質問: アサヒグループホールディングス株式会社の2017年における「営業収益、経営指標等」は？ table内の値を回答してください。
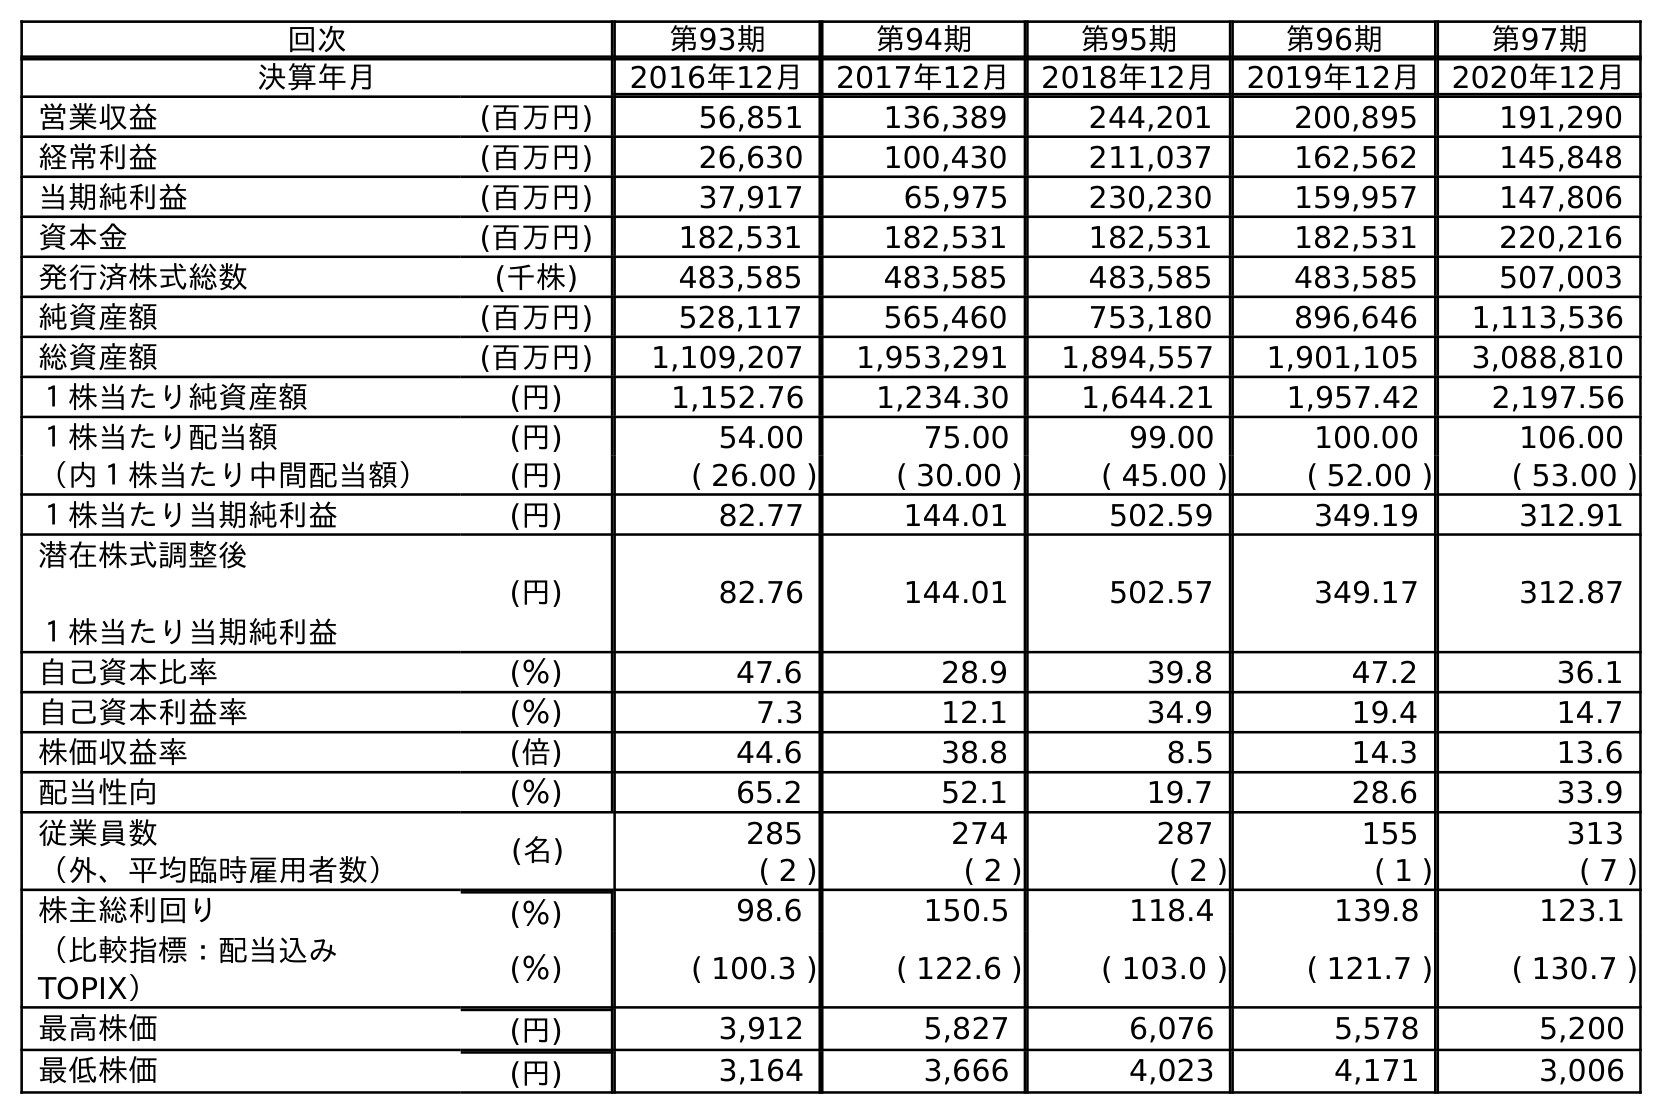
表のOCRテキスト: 回次 第93期 第94期 第95期 第96期 第97期 決算年月 2016年12月 2017年12月 2018年12月 2019年12月 2020年12月 営業収益 (百万円) 56,851 136,389 244,201 200,895 191,290 経常利益 (百万円) 26,630 100,430 211,037 162,562 145,848 当期純利益 (百万円) 37,917 65,975 230,230 159,957 147,806 資本金 (百万円) 182,531 182,531 182,531 182,531 220,216 発行済株式総数 (千株) 483,585 483,585 483,585 483,585 507,003 純資産額 (百万円) 528,117 565,460 753,180 896,646 1,113,536 総資産額 (百万円) 1,109,207 1,953,291 1,894,557 1,901,105 3,088,810 １株当たり純資産額 (円) 1,152.76 1,234.30 1,644.21 1,957.42 2,197.56 １株当たり配当額 (円) 54.00 75.00 99.00 100.00 106.00 （内１株当たり中間配当額） (円) ( 26.00 ) ( 30.00 ) ( 45.00 ) ( 52.00 ) ( 53.00 ) １株当たり当期純利益 (円) 82.77 144.01 502.59 349.19 312.91 潜在株式調整後 １株当たり当期純利益 (円) 82.76 144.01 502.57 349.17 312.87 自己資本比率 (％) 47.6 28.9 39.8 47.2 36.1 自己資本利益率 (％) 7.3 12.1 34.9 19.4 14.7 株価収益率 (倍) 44.6 38.8 8.5 14.3 13.6 配当性向 (％) 65.2 52.1 19.7 28.6 33.9 従業員数 (名) 285 274 287 155 313 （外、平均臨時雇用者数） ( 2 ) ( 2 ) ( 2 ) ( 1 ) ( 7 ) 株主総利回り (％) 98.6 150.5 118.4 139.8 123.1 （比較指標：配当込み TOPIX） (％) ( 100.3 ) ( 122.6 ) ( 103.0 ) ( 121.7 ) ( 130.7 ) 最高株価 (円) 3,912 5,827 6,076 5,578 5,200 最低株価 (円) 3,164 3,666 4,023 4,171 3,006
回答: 136,389